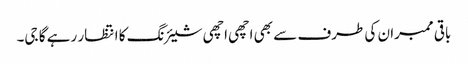
باقی ممبران کی طرف سے بھی اچھی اچھی شیئرنگ کا انتظار رہے گا جی۔